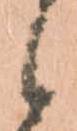
候